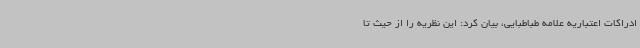
ادراکات اعتباریه علامه طباطبایی، بیان کرد: این نظریه را از حیث تا